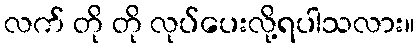
လက် တို တို လုပ်ပေးလို့ရပါသလား။